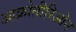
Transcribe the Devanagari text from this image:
आक्रोतीरिओन